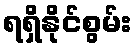
ရရှိနိုင်စွမ်း